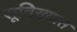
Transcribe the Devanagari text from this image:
सूविख्यात